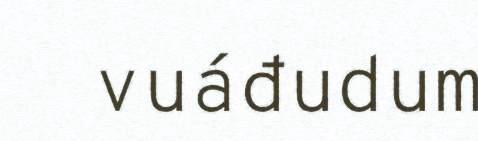
vuáđudum